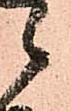
候